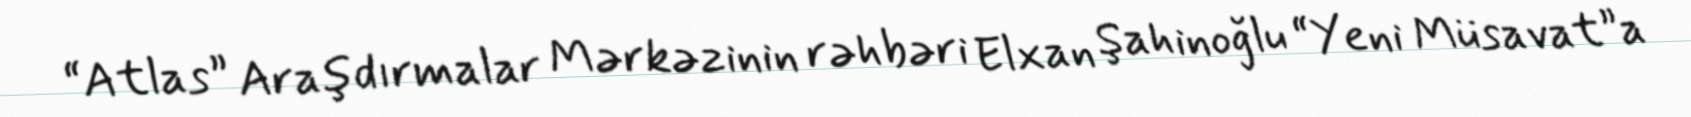
“Atlas” Araşdırmalar Mərkəzinin rəhbəri Elxan Şahinoğlu “Yeni Müsavat”a